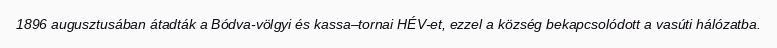
1896 augusztusában átadták a Bódva-völgyi és kassa–tornai HÉV-et, ezzel a község bekapcsolódott a vasúti hálózatba.